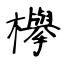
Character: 欅